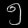
Digit: ၅